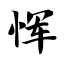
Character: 恽